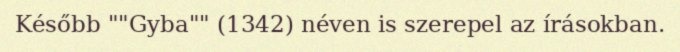
Később ""Gyba"" (1342) néven is szerepel az írásokban.